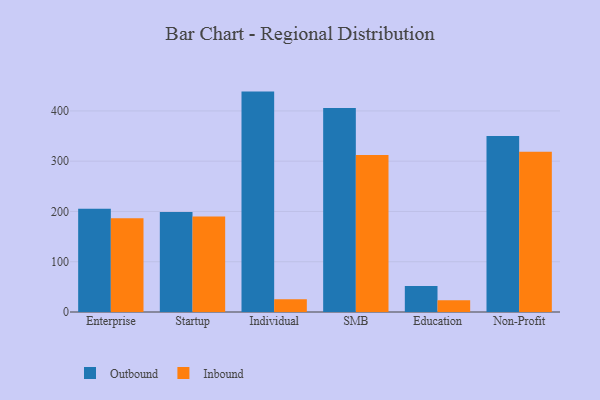
{"axis": {"x": "Segment", "y": "Tickets Resolved"}, "legend": ["Inbound", "Outbound"], "data": [{"x": "Enterprise", "y": 205.3, "type": "Outbound"}, {"x": "Enterprise", "y": 186.4, "type": "Inbound"}, {"x": "Startup", "y": 199.1, "type": "Outbound"}, {"x": "Startup", "y": 189.8, "type": "Inbound"}, {"x": "Individual", "y": 438.4, "type": "Outbound"}, {"x": "Individual", "y": 25.5, "type": "Inbound"}, {"x": "SMB", "y": 406.0, "type": "Outbound"}, {"x": "SMB", "y": 312.5, "type": "Inbound"}, {"x": "Education", "y": 51.5, "type": "Outbound"}, {"x": "Education", "y": 23.2, "type": "Inbound"}, {"x": "Non-Profit", "y": 350.3, "type": "Outbound"}, {"x": "Non-Profit", "y": 318.8, "type": "Inbound"}]}